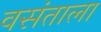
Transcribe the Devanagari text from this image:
वसंताला